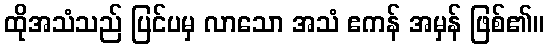
ထိုအသံသည် ပြင်ပမှ လာသော အသံ ဧကန် အမှန် ဖြစ်၏။